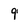
Character: 9